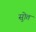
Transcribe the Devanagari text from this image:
सुोत